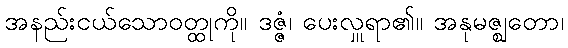
အနည်းငယ်သောဝတ္ထုကို။ ဒဇ္ဇံ၊ ပေးလှူရာ၏။ အနုမဇ္ဈတော၊